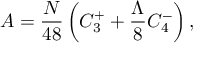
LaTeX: A = \frac { N } { 4 8 } \left( C _ { 3 } ^ { + } + \frac { \Lambda } { 8 } C _ { 4 } ^ { - } \right) ,